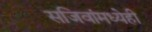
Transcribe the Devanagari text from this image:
सजिवांमध्येही